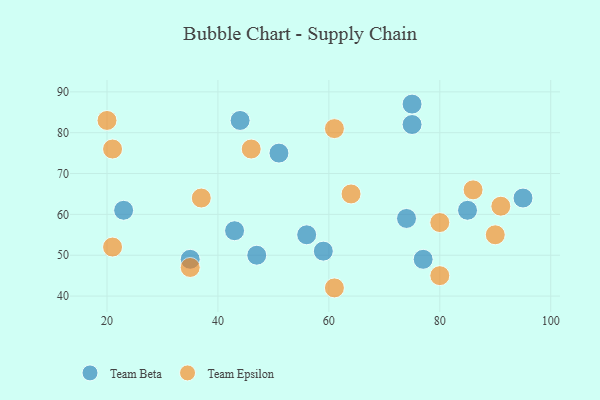
{"axis": {"x": "GDP", "y": "Life Expectancy"}, "legend": ["Team Beta", "Team Epsilon"], "data": [{"x": "85", "y": 61, "type": "Team Beta"}, {"x": "74", "y": 59, "type": "Team Beta"}, {"x": "23", "y": 61, "type": "Team Beta"}, {"x": "95", "y": 64, "type": "Team Beta"}, {"x": "59", "y": 51, "type": "Team Beta"}, {"x": "44", "y": 83, "type": "Team Beta"}, {"x": "51", "y": 75, "type": "Team Beta"}, {"x": "75", "y": 87, "type": "Team Beta"}, {"x": "56", "y": 55, "type": "Team Beta"}, {"x": "35", "y": 49, "type": "Team Beta"}, {"x": "47", "y": 50, "type": "Team Beta"}, {"x": "77", "y": 49, "type": "Team Beta"}, {"x": "75", "y": 82, "type": "Team Beta"}, {"x": "43", "y": 56, "type": "Team Beta"}, {"x": "61", "y": 81, "type": "Team Epsilon"}, {"x": "80", "y": 58, "type": "Team Epsilon"}, {"x": "35", "y": 47, "type": "Team Epsilon"}, {"x": "61", "y": 42, "type": "Team Epsilon"}, {"x": "20", "y": 83, "type": "Team Epsilon"}, {"x": "86", "y": 66, "type": "Team Epsilon"}, {"x": "80", "y": 45, "type": "Team Epsilon"}, {"x": "46", "y": 76, "type": "Team Epsilon"}, {"x": "21", "y": 52, "type": "Team Epsilon"}, {"x": "21", "y": 76, "type": "Team Epsilon"}, {"x": "37", "y": 64, "type": "Team Epsilon"}, {"x": "64", "y": 65, "type": "Team Epsilon"}, {"x": "91", "y": 62, "type": "Team Epsilon"}, {"x": "90", "y": 55, "type": "Team Epsilon"}]}